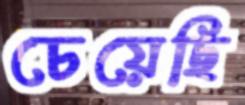
চেয়েছি